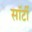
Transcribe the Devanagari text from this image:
साॅर्टी